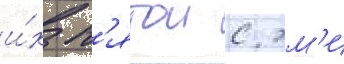
и́х п'ятои с эм'и